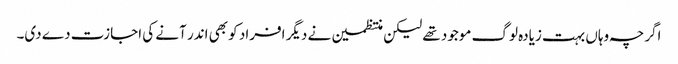
اگرچہ وہاں بہت زیادہ لوگ موجود تھے لیکن منتظمین نے دیگر افراد کو بھی اندر آنے کی اجازت دے دی۔